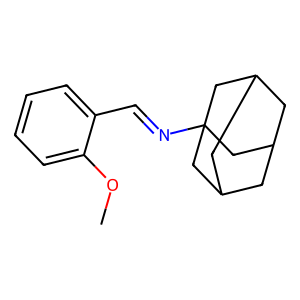
SMILES: COc1ccccc1C=NC12CC3CC(CC(C3)C1)C2
Inhibits HIV replication: No